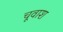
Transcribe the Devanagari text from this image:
चूवाश